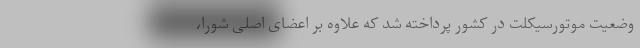
وضعیت موتورسیکلت در کشور پرداخته شد که علاوه بر اعضای اصلی شورا،